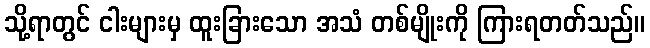
သို့ရာတွင် ငါးများမှ ထူးခြားသော အသံ တစ်မျိုးကို ကြားရတတ်သည်။